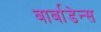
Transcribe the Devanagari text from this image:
बार्बाडेन्स